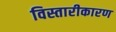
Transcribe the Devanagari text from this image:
विस्तारीकारण